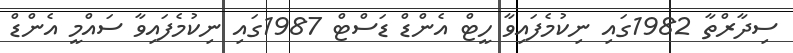
ސިދާރްތާ 1982ގައި ނިކުމެފައިވާ ހީޓް އެންޑް ޑަސްޓް 1987ގައި ނިކުމެފައިވާ ސައްމީ އެންޑް